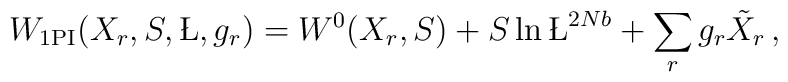
W_{\rm 1PI} (X_{r},S,\L,g_{r}) = W^{0}(X_{r},S) + S\ln\L^{2Nb} + \sum_{r}g_{r}\tilde X_{r}\, ,